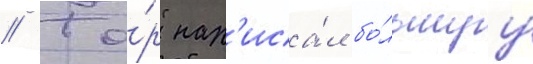
// То́р нап'иса́л бо́льшуу